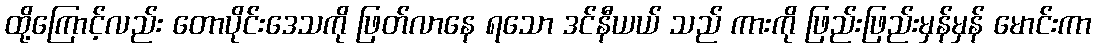
ထို့ကြောင့်လည်း တောပိုင်းဒေသကို ဖြတ်လာနေ ရသော ဒင်နီယယ် သည် ကားကို ဖြည်းဖြည်းမှန်မှန် မောင်းကာ